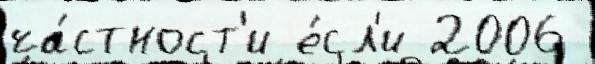
ча́стност'и е́сл'и 2006